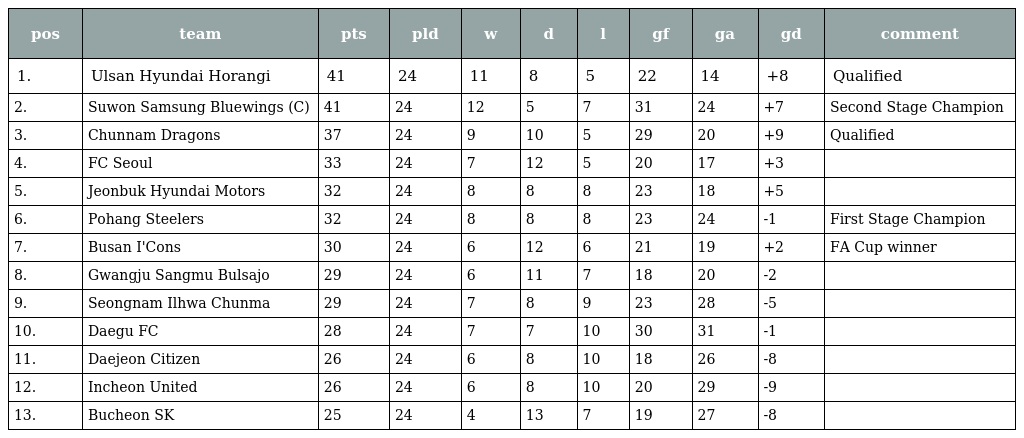
| pos | team | pts | pld | w | d | l | gf | ga | gd | comment |
 | --- | --- | --- | --- | --- | --- | --- | --- | --- | --- | --- |
 | 1. | Ulsan Hyundai Horangi | 41 | 24 | 11 | 8 | 5 | 22 | 14 | +8 | Qualified |
 | 2. | Suwon Samsung Bluewings (C) | 41 | 24 | 12 | 5 | 7 | 31 | 24 | +7 | Second Stage Champion |
 | 3. | Chunnam Dragons | 37 | 24 | 9 | 10 | 5 | 29 | 20 | +9 | Qualified |
 | 4. | FC Seoul | 33 | 24 | 7 | 12 | 5 | 20 | 17 | +3 |  |
 | 5. | Jeonbuk Hyundai Motors | 32 | 24 | 8 | 8 | 8 | 23 | 18 | +5 |  |
 | 6. | Pohang Steelers | 32 | 24 | 8 | 8 | 8 | 23 | 24 | -1 | First Stage Champion |
 | 7. | Busan I'Cons | 30 | 24 | 6 | 12 | 6 | 21 | 19 | +2 | FA Cup winner |
 | 8. | Gwangju Sangmu Bulsajo | 29 | 24 | 6 | 11 | 7 | 18 | 20 | -2 |  |
 | 9. | Seongnam Ilhwa Chunma | 29 | 24 | 7 | 8 | 9 | 23 | 28 | -5 |  |
 | 10. | Daegu FC | 28 | 24 | 7 | 7 | 10 | 30 | 31 | -1 |  |
 | 11. | Daejeon Citizen | 26 | 24 | 6 | 8 | 10 | 18 | 26 | -8 |  |
 | 12. | Incheon United | 26 | 24 | 6 | 8 | 10 | 20 | 29 | -9 |  |
 | 13. | Bucheon SK | 25 | 24 | 4 | 13 | 7 | 19 | 27 | -8 |  |